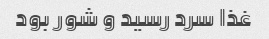
غذا سرد رسید و شور بود